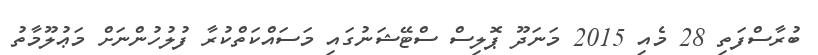
ބުރާސްފަތި 28 މެއި 2015 މަނަދޫ ޕޮލިސް ސްޓޭޝަނުގައި މަސައްކަތްކުރާ ފުލުހުންނަށް މަޢުލޫމާތު